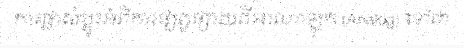
ការផ្លាស់ប្តូរអំពីការផ្សព្វផ្សាយពីអាណាឡុក (Analog) ទៅជា